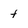
Character: t